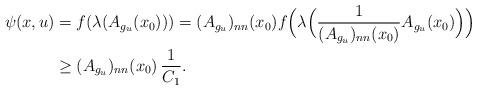
LaTeX: \begin{align*}\psi(x,u) &= f(\lambda(A_{g_u}(x_0))) = (A_{g_u})_{nn}(x_0)f\Big(\lambda\Big(\frac{1}{(A_{g_u})_{nn} (x_0)} A_{g_u}(x_0)\Big)\Big)\\& \geq (A_{g_u})_{nn}(x_0)\,\frac{1}{C_1}.\end{align*}